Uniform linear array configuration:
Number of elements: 12
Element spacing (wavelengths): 1
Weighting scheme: exponential
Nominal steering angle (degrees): -30
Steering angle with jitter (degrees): -29.894
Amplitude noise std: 0.05
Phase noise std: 0.05

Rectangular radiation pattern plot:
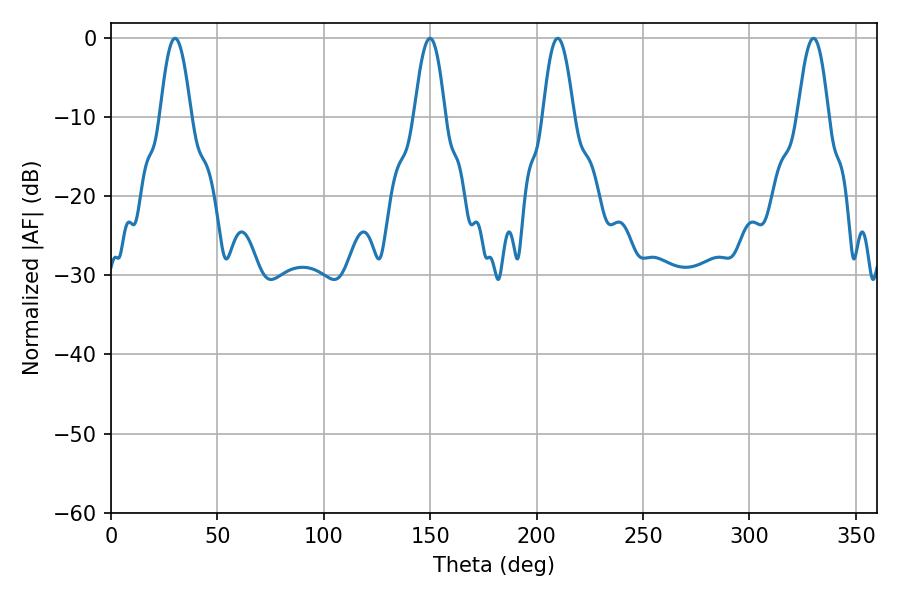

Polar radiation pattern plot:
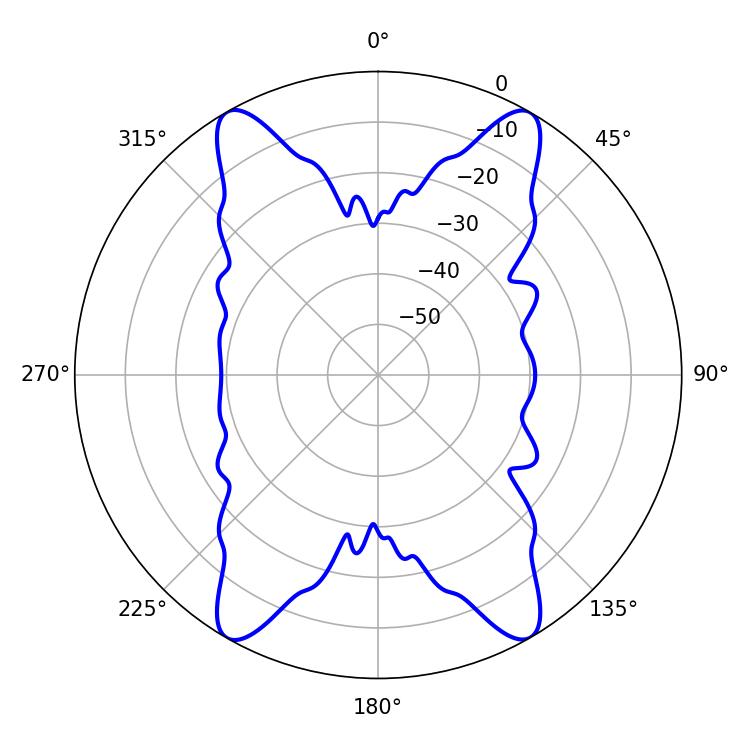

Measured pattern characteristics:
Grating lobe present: TRUE
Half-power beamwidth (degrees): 7.74
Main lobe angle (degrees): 209.88